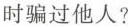
时骗过他人?